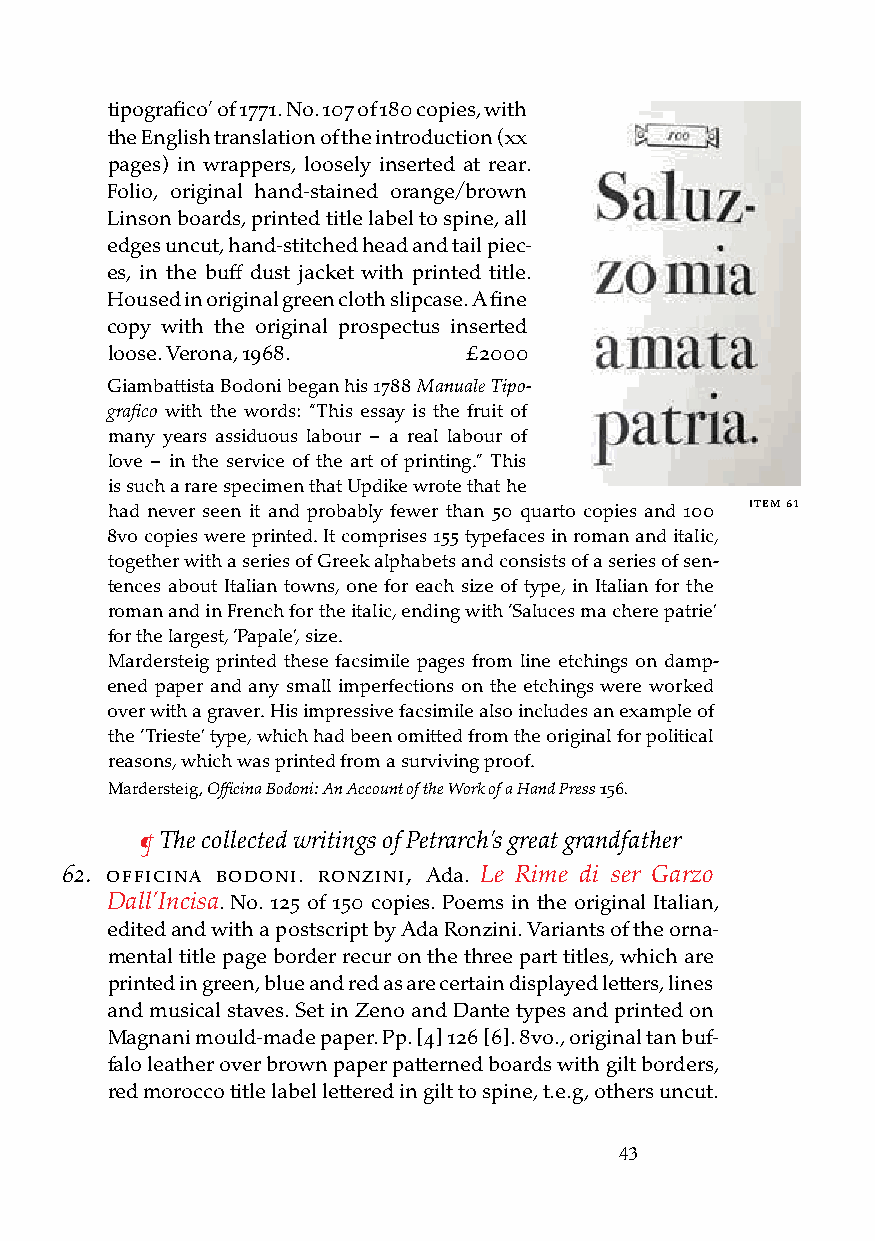
tipografico’ of 1771. No. 107 of 180 copies, with
 the English translation of the introduction (xx
 pages) in wrappers, loosely inserted at rear.
 Folio, original hand-stained orange/brown
 Linson boards, printed title label to spine, all
 edges uncut, hand-stitched head and tail piec-
 es, in the buff dust jacket with printed title.
 Housed in original green cloth slipcase. A fine
 copy with the original prospectus inserted
 loose. Verona, 1968.    £2000
 Giambattista Bodoni began his 1788 Manuale Tipo-
 grafico with the words: “This essay is the fruit of
 many years assiduous labour – a real labour of
 love – in the service of the art of printing.” This
 is such a rare specimen that Updike wrote that he
 iteM 61
 had never seen it and probably fewer than 50 quarto copies and 100
 8vo copies were printed. It comprises 155 typefaces in roman and italic,
 together with a series of Greek alphabets and consists of a series of sen-
 tences about Italian towns, one for each size of type, in Italian for the
 roman and in French for the italic, ending with ‘Saluces ma chere patrie’
 for the largest, ‘Papale’, size.
 Mardersteig printed these facsimile pages from line etchings on damp-
 ened paper and any small imperfections on the etchings were worked
 over with a graver. His impressive facsimile also includes an example of
 the ‘Trieste’ type, which had been omitted from the original for political
 reasons, which was printed from a surviving proof.
 Mardersteig, Officina Bodoni: An Account of the Work of a Hand Press 156.
 ¶ The collected writings of Petrarch’s great grandfather
 62. officina bodoni. ronzini, Ada. Le Rime di ser Garzo
 Dall’Incisa. No. 125 of 150 copies. Poems in the original Italian,
 edited and with a postscript by Ada Ronzini. Variants of the orna-
 mental title page border recur on the three part titles, which are
 printed in green, blue and red as are certain displayed letters, lines
 and musical staves. Set in Zeno and Dante types and printed on
 Magnani mould-made paper. Pp. [4] 126 [6]. 8vo., original tan buf-
 falo leather over brown paper patterned boards with gilt borders,
 red morocco title label lettered in gilt to spine, t.e.g, others uncut.
 43